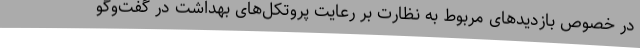
در خصوص بازدیدهای مربوط به نظارت بر رعایت پروتکل‌های بهداشت در گفت‌وگو